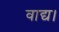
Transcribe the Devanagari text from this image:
वाद्य।